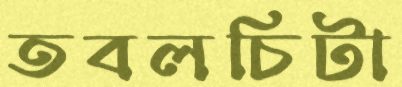
তবলচিটা